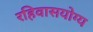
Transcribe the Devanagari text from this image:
रहिवासयोग्य